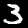
Digit: 3